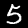
Label: 5